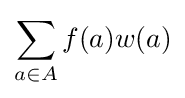
\sum _{a\in A}f(a)w(a)